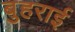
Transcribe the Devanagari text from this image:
बुहराई